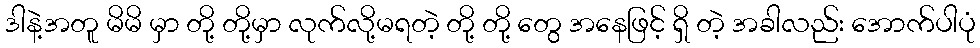
ဒါနဲ့အတူ မိမိ မှာ တို့ တို့မှာ လုက်လို့မရတဲ့ တို့ တို့ တွေ အနေဖြင့် ရှိ တဲ့ အခါလည်း အောက်ပါပုံ